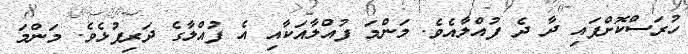
ހުރަސްކޮށްފައި ދާ ދެ ފުއްލާއެވެ. މަންމަ ފުއްލާއަކާއި އެ ފުއްލާގެ ދަރިފުޅެވެ. މަންމަ